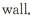
wall.